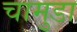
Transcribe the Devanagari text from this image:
चामुडा